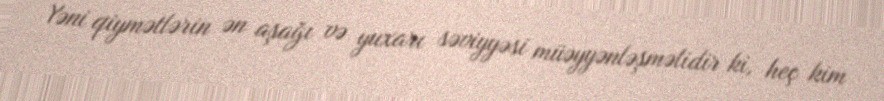
Yəni qiymətlərin ən aşağı və yuxarı səviyyəsi müəyyənləşməlidir ki, heç kim